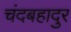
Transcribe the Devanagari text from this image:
चंदबहादुर